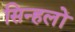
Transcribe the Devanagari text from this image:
सिन्हलों